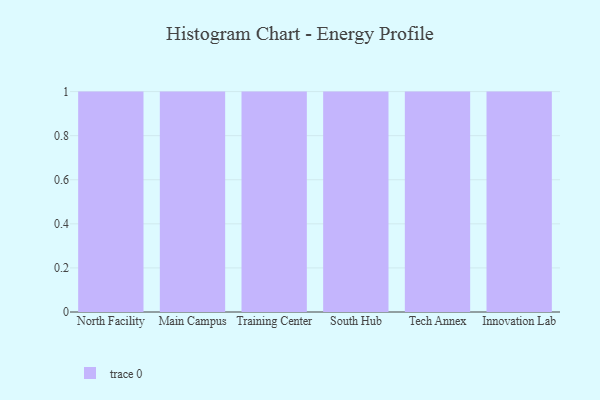
{"axis": {"x": "Campus", "y": "Energy Usage (MWh)"}, "legend": [""], "data": [{"x": "North Facility", "y": 53, "type": ""}, {"x": "Main Campus", "y": 95, "type": ""}, {"x": "Training Center", "y": 38, "type": ""}, {"x": "South Hub", "y": 64, "type": ""}, {"x": "Tech Annex", "y": 63, "type": ""}, {"x": "Innovation Lab", "y": 59, "type": ""}]}